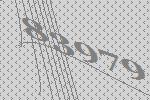
83979